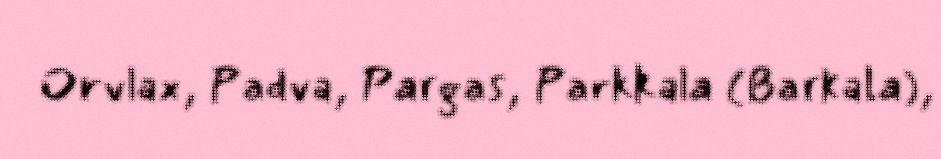
Orvlax, Padva, Pargas, Parkkala (Barkala),